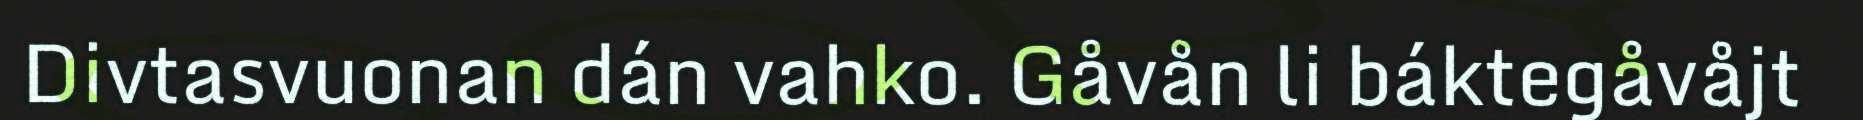
Divtasvuonan dán vahko. Gåvån li báktegåvåjt